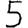
Digit: 5